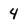
Character: 4